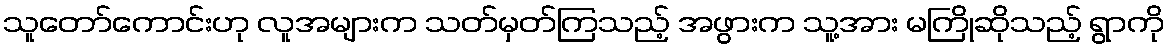
သူတော်ကောင်းဟု လူအများက သတ်မှတ်ကြသည့် အဖွားက သူ့အား မကြိုဆိုသည့် ရွာကို